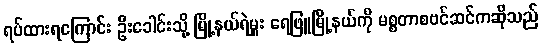
ရပ်ထားရကြောင်း ဦးခေါင်းသို့ မြို့နယ်ရဲမှူး ရေဖြူမြို့နယ်ကို မစ္စတာစဗင်ဆင်ကဆိုသည်